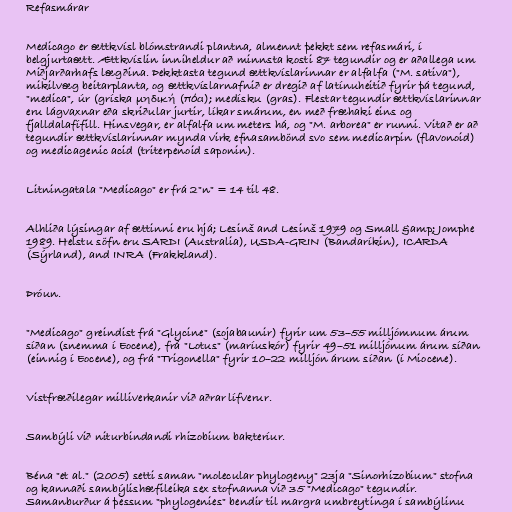
Refasmárar

Medicago er ættkvísl blómstrandi plantna, almennt þekkt sem refasmári, í
belgjurtaætt. Ættkvíslin inniheldur að minnsta kosti 87 tegundir og er aðallega um
Miðjarðarhafs lægðina. Þekktasta tegund ættkvíslarinnar er alfalfa ("M. sativa"),
mikilvæg beitarplanta, og ættkvíslarnafnið er dregið af latínuheitið fyrir þá tegund,
"medica", úr (gríska μηδική (πόα); medísku (gras). Flestar tegundir ættkvíslarinnar
eru lágvaxnar eða skriðular jurtir, líkar smárum, en með fræhaki eins og
fjalldalafífill. Hinsvegar, er alfalfa um meters há, og "M. arborea" er runni. Vitað er að
tegundir ættkvíslarinnar mynda virk efnasambönd svo sem medicarpin (flavonoid)
og medicagenic acid (triterpenoid saponin).

Litningatala "Medicago" er frá 2"n" = 14 til 48.

Alhliða lýsingar af ættinni eru hjá; Lesinš and Lesinš 1979 og Small &amp; Jomphe
1989. Helstu söfn eru SARDI (Australia), USDA-GRIN (Bandaríkin), ICARDA
(Sýrland), and INRA (Frakkland).

Þróun.

"Medicago" greindist frá "Glycine" (sojabaunir) fyrir um 53–55 milljómnum árum
síðan (snemma í Eocene), frá "Lotus" (maríuskór) fyrir 49–51 milljónum árum síðan
(einnig í Eocene), og frá "Trigonella" fyrir 10–22 milljón árum síðan (í Miocene).

Vistfræðilegar milliverkanir við aðrar lífverur.

Sambýli við niturbindandi rhizobium bakteríur.

Béna "et al." (2005) setti saman "molecular phylogeny" 23ja "Sinorhizobium" stofna
og kannaði sambýlishæfileika sex stofnanna við 35 "Medicago" tegundir.
Samanburður á þessum "phylogenies" bendir til margra umbreytinga í sambýlinu